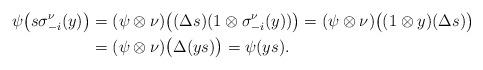
LaTeX: \begin{align*}\psi\bigl(s\sigma^{\nu}_{-i}(y)\bigr)&=(\psi\otimes\nu)\bigl((\Delta s)(1\otimes\sigma^{\nu}_{-i}(y))\bigr)=(\psi\otimes\nu)\bigl((1\otimes y)(\Delta s)\bigr) \\&=(\psi\otimes\nu)\bigl(\Delta(ys)\bigr)=\psi(ys).\end{align*}